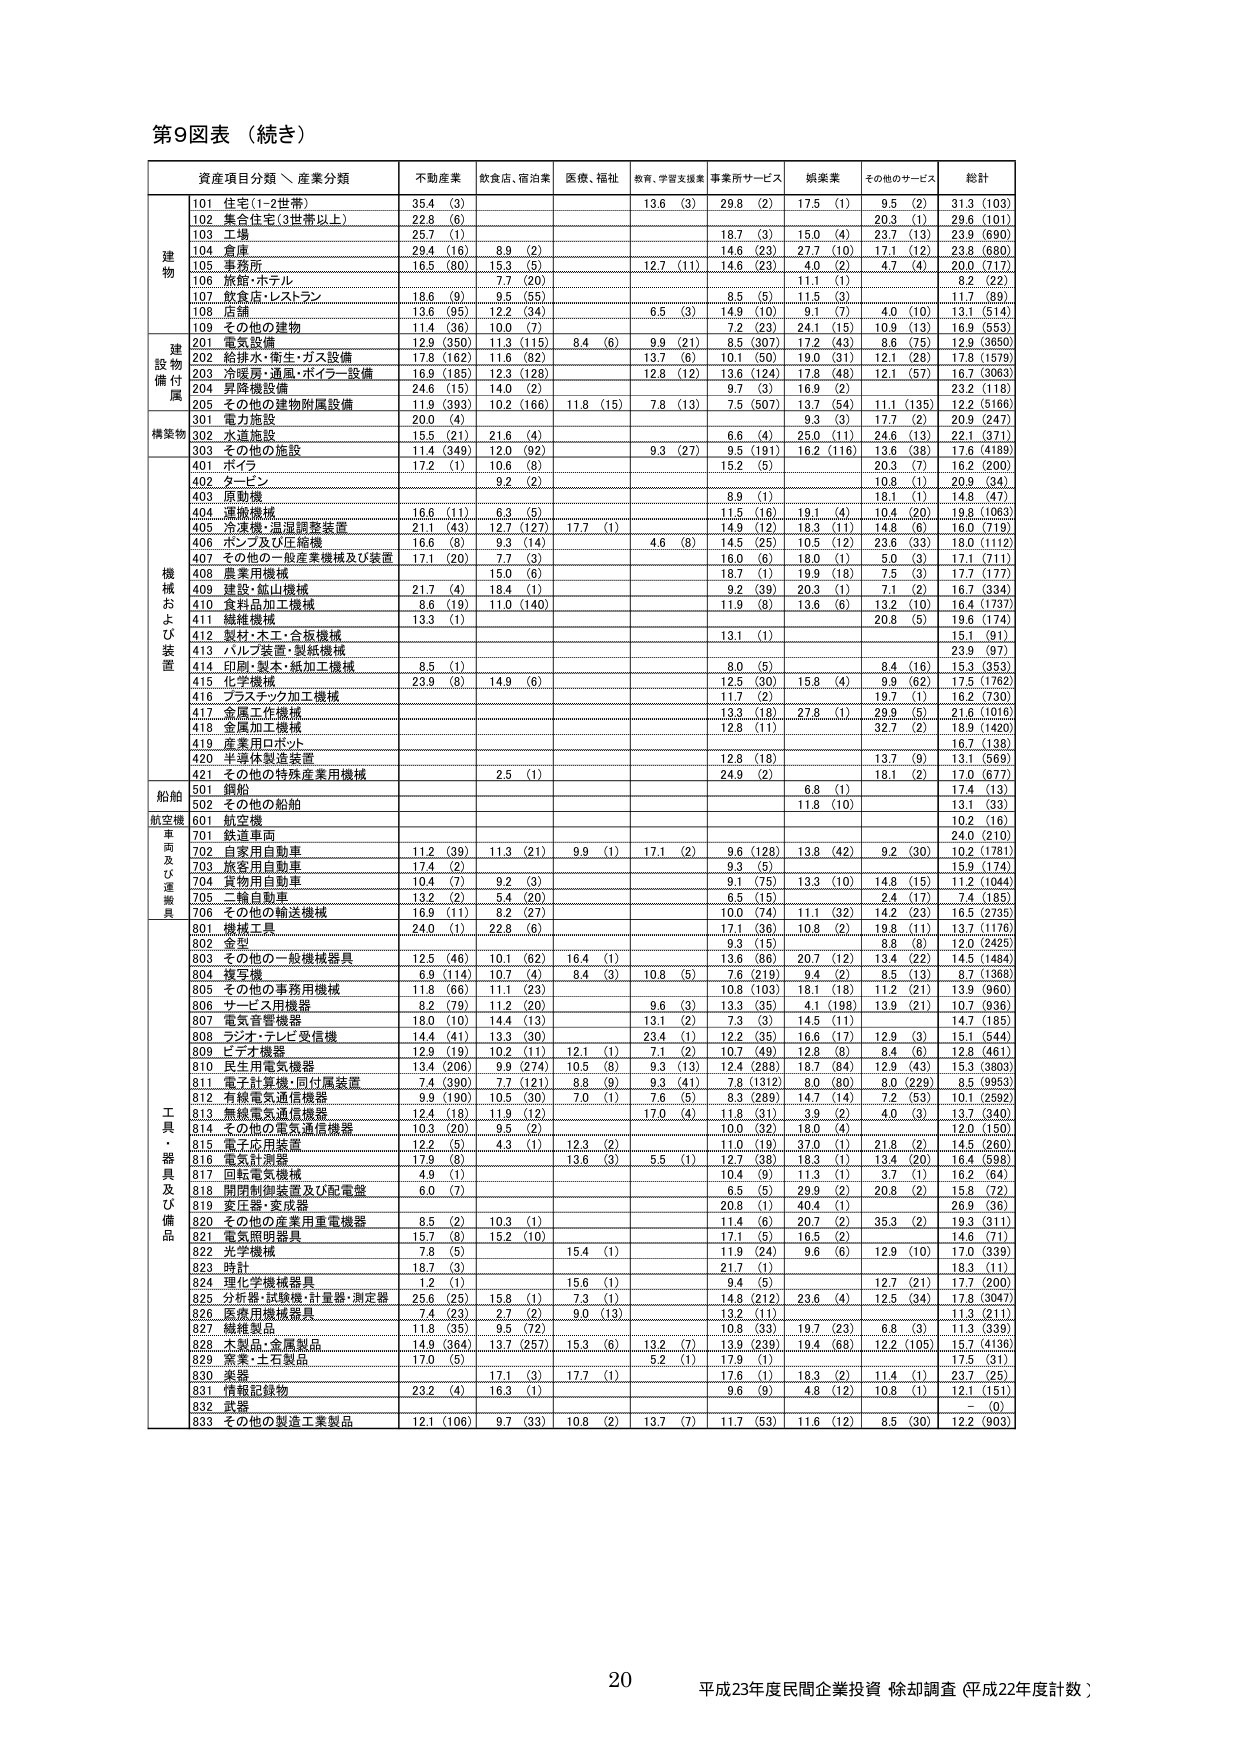
第9図表（続き）

資産項目分類、産業分類　　不動産業　　飲食店・宿泊業　　医療、福祉　　教育、学習支援業　　事業所サービス　　娯楽業　　その他のサービス　　総計

建物
101 住宅(1-2世帯)